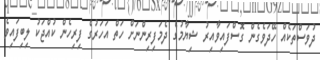
ދުވަސްތަކެއް ހޭދަވެގެން ގޮސްފައިވާއިރު ޝިޔާމުގެ ދެމަފިރިންނަށް ހަތް އަހަރުގެ ފިރިހެން ކުއްޖަކު ލިބިފައިވެ